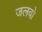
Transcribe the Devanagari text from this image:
जलवो